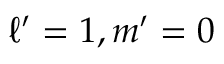
\ell ^ { \prime } = 1 , m ^ { \prime } = 0